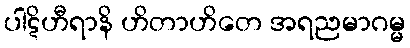
ပါဋိဟီရာနိ ဟိတာဟိတေ အရညမာဂမ္မ